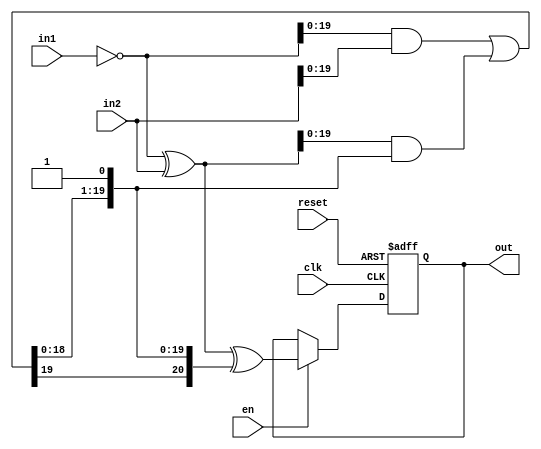
module sub(en,out,in1,in2,clk,reset);

input [20:0]in1,in2;
input clk,reset;
input en;

output [20:0]out;

reg [20:0]out;
wire [20:0]im1;
wire [20:0]p;
wire [19:0]g;
wire [20:0]c;
wire [20:0]sum;

assign im1=~in1;
assign p=im1^in2;
assign g=im1[19:0]&in2[19:0];
assign c[0]=1;
assign c[20:1]=g[19:0]|p[19:0]&c[19:0];
assign sum=p^c;

always@(posedge clk or negedge reset)
begin
	if(reset==0)
	begin
		out<=0;
	end
	else
	begin
		if(en==1)
		begin
			out<=sum;
		end
	end
end
endmodule